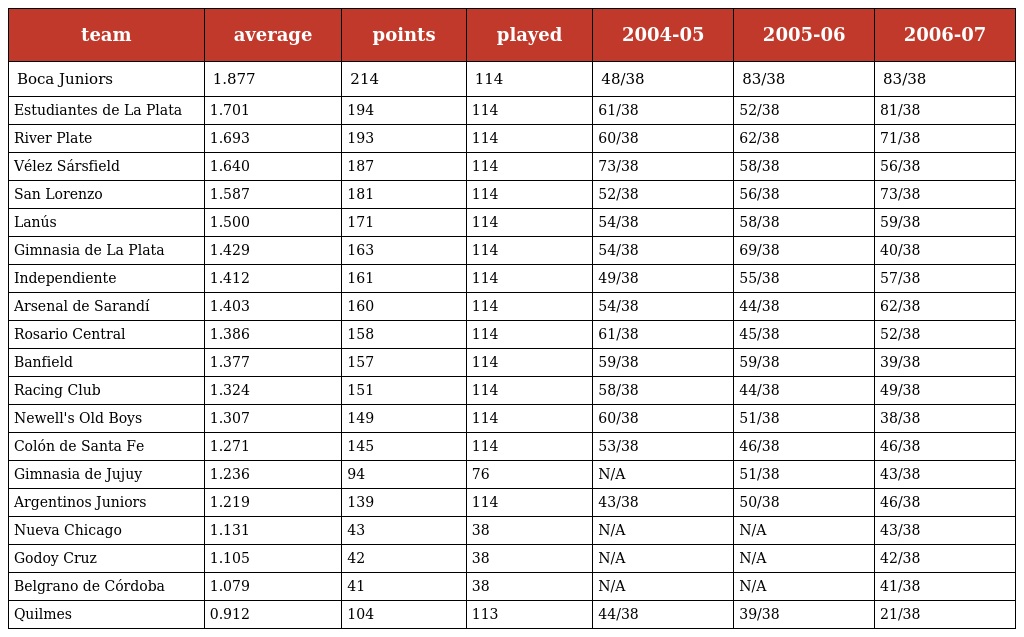
| team | average | points | played | 2004-05 | 2005-06 | 2006-07 |
 | --- | --- | --- | --- | --- | --- | --- |
 | Boca Juniors | 1.877 | 214 | 114 | 48/38 | 83/38 | 83/38 |
 | Estudiantes de La Plata | 1.701 | 194 | 114 | 61/38 | 52/38 | 81/38 |
 | River Plate | 1.693 | 193 | 114 | 60/38 | 62/38 | 71/38 |
 | Vélez Sársfield | 1.640 | 187 | 114 | 73/38 | 58/38 | 56/38 |
 | San Lorenzo | 1.587 | 181 | 114 | 52/38 | 56/38 | 73/38 |
 | Lanús | 1.500 | 171 | 114 | 54/38 | 58/38 | 59/38 |
 | Gimnasia de La Plata | 1.429 | 163 | 114 | 54/38 | 69/38 | 40/38 |
 | Independiente | 1.412 | 161 | 114 | 49/38 | 55/38 | 57/38 |
 | Arsenal de Sarandí | 1.403 | 160 | 114 | 54/38 | 44/38 | 62/38 |
 | Rosario Central | 1.386 | 158 | 114 | 61/38 | 45/38 | 52/38 |
 | Banfield | 1.377 | 157 | 114 | 59/38 | 59/38 | 39/38 |
 | Racing Club | 1.324 | 151 | 114 | 58/38 | 44/38 | 49/38 |
 | Newell's Old Boys | 1.307 | 149 | 114 | 60/38 | 51/38 | 38/38 |
 | Colón de Santa Fe | 1.271 | 145 | 114 | 53/38 | 46/38 | 46/38 |
 | Gimnasia de Jujuy | 1.236 | 94 | 76 | N/A | 51/38 | 43/38 |
 | Argentinos Juniors | 1.219 | 139 | 114 | 43/38 | 50/38 | 46/38 |
 | Nueva Chicago | 1.131 | 43 | 38 | N/A | N/A | 43/38 |
 | Godoy Cruz | 1.105 | 42 | 38 | N/A | N/A | 42/38 |
 | Belgrano de Córdoba | 1.079 | 41 | 38 | N/A | N/A | 41/38 |
 | Quilmes | 0.912 | 104 | 113 | 44/38 | 39/38 | 21/38 |